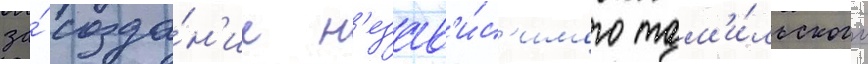
за́ созда́н'ие н'езав'и́с'имого там'и́льского